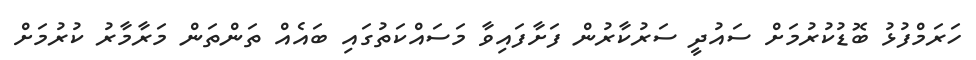
ހަރަމްފުޅު ބޮޑުކުރުމަށް ސައުދީ ސަރުކާރުން ފަށާފައިވާ މަސައްކަތުގައި ބައެއް ތަންތަން މަރާމާރު ކުރުމަށް